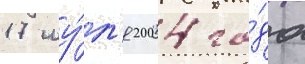
17 иу́л'я 2004 го́да